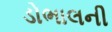
ડોભાલની